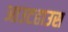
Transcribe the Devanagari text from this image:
आउटहाउस